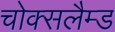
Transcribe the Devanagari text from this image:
चोक्सलैम्ड